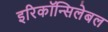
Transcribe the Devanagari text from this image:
इरिकॉन्सिलेबल